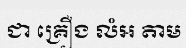
ជា គ្រឿង លំអ តាម